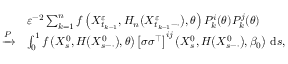
\begin{array} { r l } & { \varepsilon ^ { - 2 } \sum _ { k = 1 } ^ { n } f \left( X _ { t _ { k - 1 } } ^ { \varepsilon } , H _ { n } \big ( X _ { t _ { k - 1 } - \cdot } ^ { \varepsilon } \big ) , \theta \right) P _ { k } ^ { i } ( \theta ) P _ { k } ^ { j } ( \theta ) } \\ { \xrightarrow { P } } & { \int _ { 0 } ^ { 1 } f \left( X _ { s } ^ { 0 } , H \big ( X _ { s - \cdot } ^ { 0 } \big ) , \theta \right) \left[ \sigma \sigma ^ { \top } \right] ^ { i j } \left( X _ { s } ^ { 0 } , H \big ( X _ { s - \cdot } ^ { 0 } \big ) , \beta _ { 0 } \right) \, \mathrm { d } s , } \end{array}